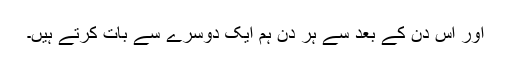
اور اس دن کے بعد سے ہر دن ہم ایک دوسرے سے بات کرتے ہیں۔